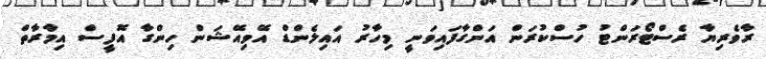
ރާވެރިޔާ ރެސްޓޯރަންޓު ހުސްކުރަން އަންގާފައިވަނީ މިހާރު އައިލެންޑް އޭވިއޭޝަން ހިންގާ އޮފީސް އިމާރާތް